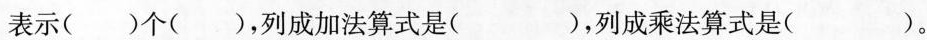
表示( )个( )，列成加法算式是( )，列成乘法算式是( )。